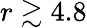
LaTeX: r\gtrsim 4.8